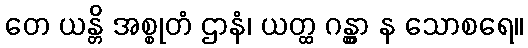
တေ ယန္တိ အစ္စုတံ ဌာနံ၊ ယတ္ထ ဂန္တွာ န သောစရေ။